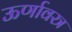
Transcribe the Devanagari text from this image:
ऊर्णावस्त्र